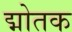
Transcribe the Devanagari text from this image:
द्मोतक